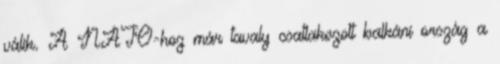
válik. A NATO-hoz már tavaly csatlakozott balkáni ország a